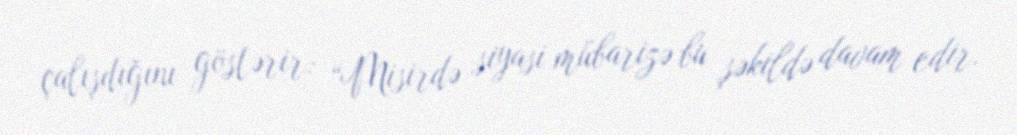
çalışdığını göstərir: “Misirdə siyasi mübarizə bu şəkildə davam edir.